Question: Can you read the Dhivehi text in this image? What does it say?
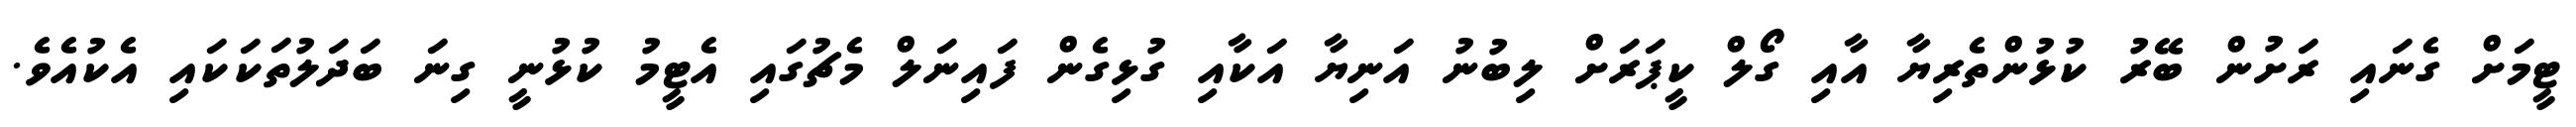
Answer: ޓީމަށް ގެނައި ރަށުން ބޭރު ކުޅުންތެރިޔާ އާއި ގޯލް ކީޕަރަށް ލިބުނު އަނިޔާ އަކާއި ގުޅިގެން ފައިނަލް މެޗުގައި އެޓީމު ކުޅުނީ ގިނަ ބަދަލުތަކަކައި އެކުއެވެ.